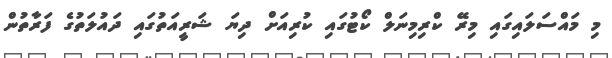
މި މައްސަލައިގައި މިރޭ ކްރިމިނަލް ކޯޓުގައި ކުރިއަށް ދިޔަ ޝަރީއަތުގައި ދައުލަތުގެ ފަރާތުން